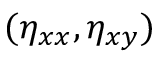
( \eta _ { x x } , \eta _ { x y } )